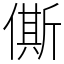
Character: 㒋